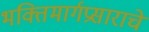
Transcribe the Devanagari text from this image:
भक्तिमार्गप्रसाराचे